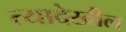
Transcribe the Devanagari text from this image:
त्यादेखील